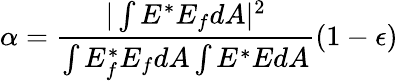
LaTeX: \alpha=\frac{|\int E^{*}E_{f}dA|^{2}}{\int E_{f}^{*}E_{f}dA\int E^{*}EdA}(1-\epsilon)